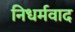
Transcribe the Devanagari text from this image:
निधर्मवाद